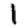
Digit: 1